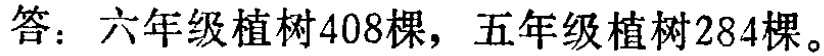
答：六年级植树\(408\)棵，五年级植树\(284\)棵。